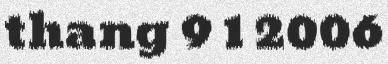
thang 9 1 2006